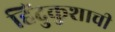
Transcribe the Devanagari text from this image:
हिंदुकुशाची